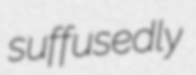
suffusedly